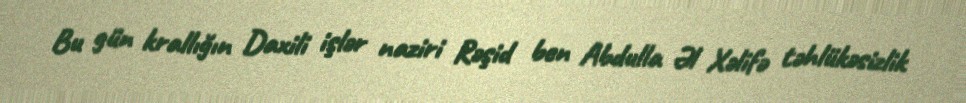
Bu gün krallığın Daxili işlər naziri Rəşid ben Abdulla Əl Xəlifə təhlükəsizlik